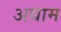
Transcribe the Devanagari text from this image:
अद्याम